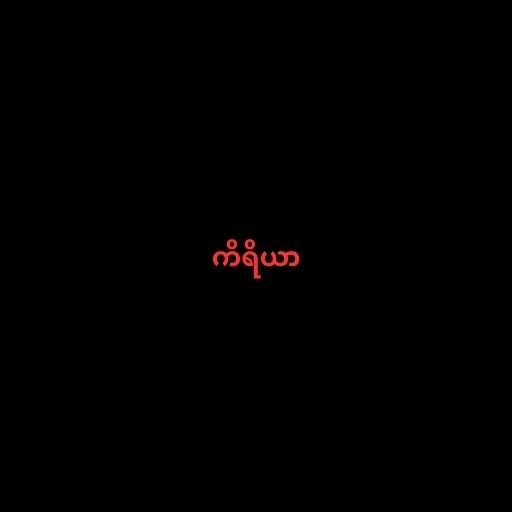
ကိရိယာ